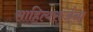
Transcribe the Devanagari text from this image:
साहित्यसर्जना